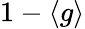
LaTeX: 1-\langle g\rangle